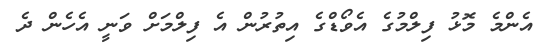
އެންމެ މޮޅު ފިލްމުގެ އެވޯޑްގެ އިތުރުން އެ ފިލްމަށް ވަނީ އެހެން ދެ